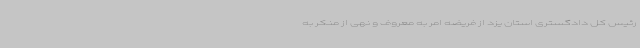
رئیس کل دادگستری استان یزد از فریضه امر به معروف و نهی از منکر به